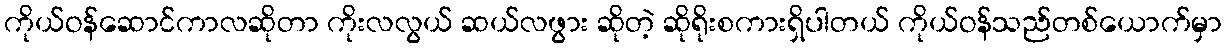
ကိုယ်ဝန်ဆောင်ကာလဆိုတာ ကိုးလလွယ် ဆယ်လဖွား ဆိုတဲ့ ဆိုရိုးစကားရှိပါတယ် ကိုယ်ဝန်သည်တစ်ယောက်မှာ